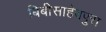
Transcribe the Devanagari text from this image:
बिबीसाहेबपुरा